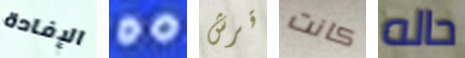
الإفادة DO قرش كانت حاله